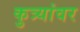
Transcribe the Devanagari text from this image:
कुत्र्यांवर